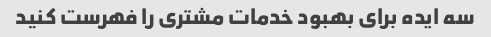
سه ایده برای بهبود خدمات مشتری را فهرست کنید